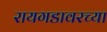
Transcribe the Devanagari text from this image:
रायगडावरच्या